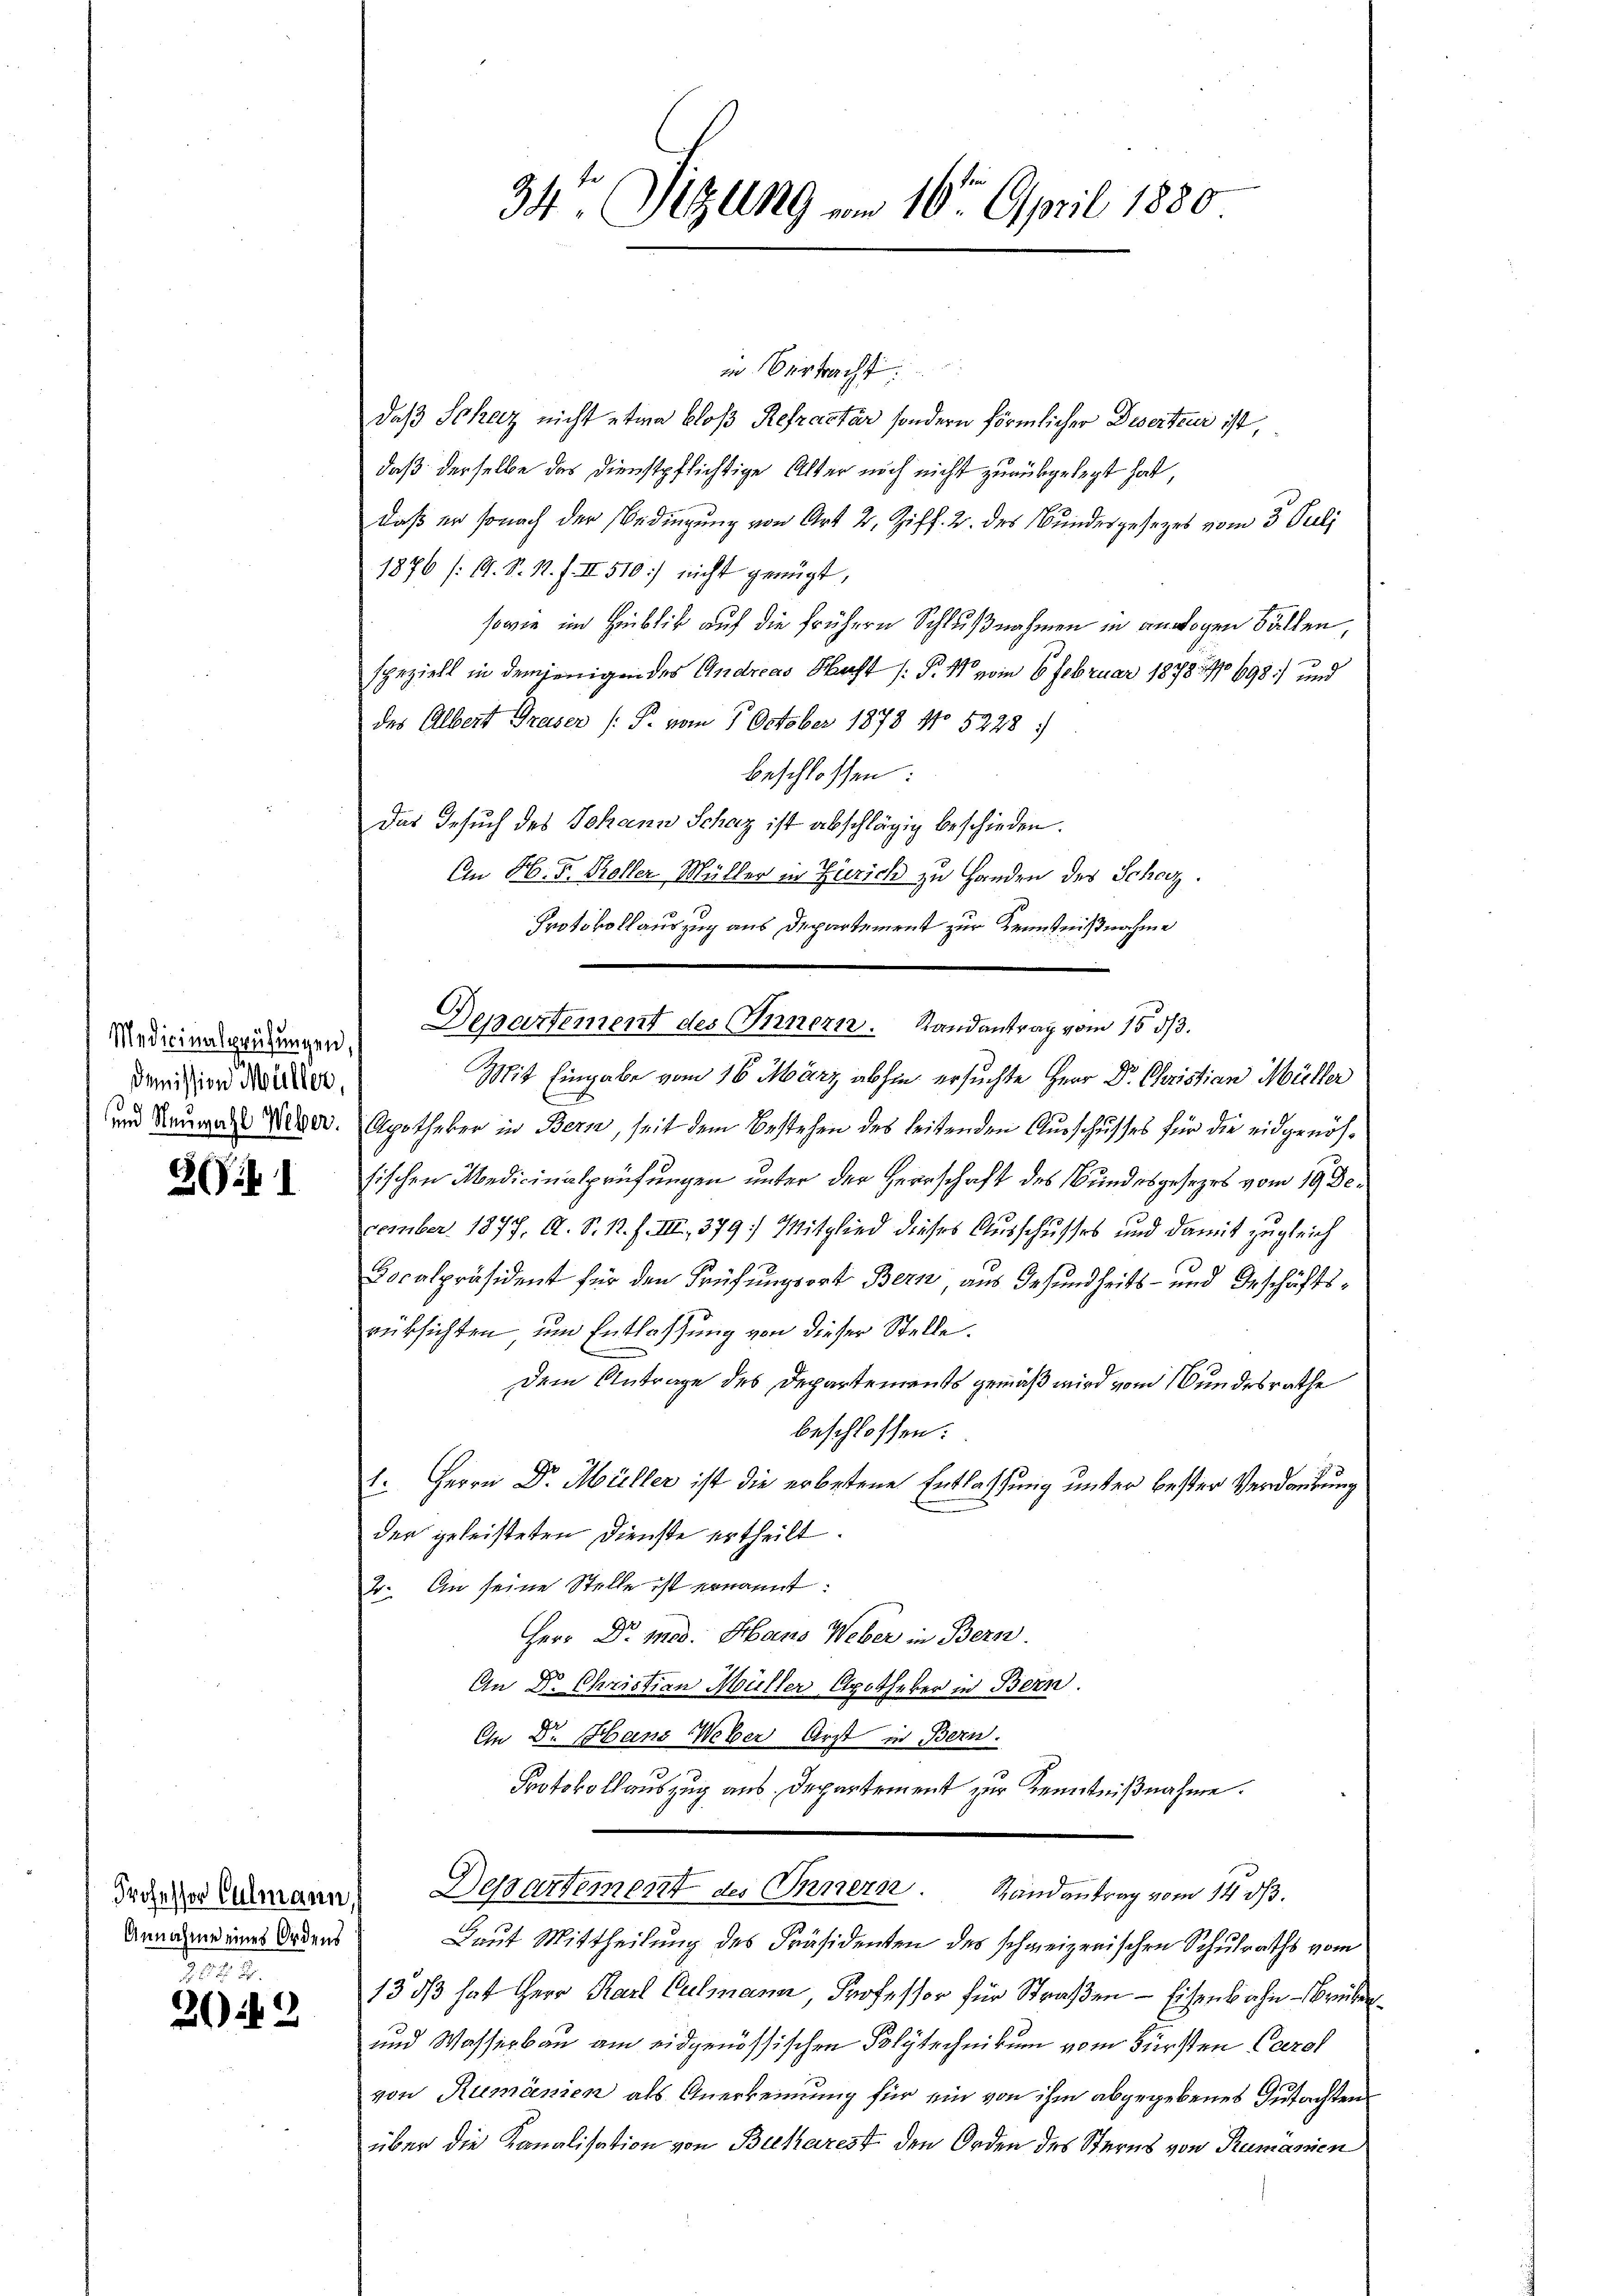
Medicinalprüfungen
Demission Müller,
und Neuwahl Weber.

21

Professor Culmann
Annahme eines Ordens

303.
20 n 2

w. Verbracht
daß Schaz nicht etwa bloß Refractur sondern förmlicher Deserteur ist,
daß derselbe das Dienstpflichtige Alter noch nicht zurückgelegt hat,
daß er sonach der Bedingung von Art 2, Ziff. 2. des Bundesgesetzes vom 3. Juli
1876 /19. S. N. F. II 510 nicht genügt,
sowie im Hinblick auf die frühern Schlußnahmen in anwogen Fällen,
speziell in demjenigen des Andreas Nacht (§. 11 vom 6. Februar 1878, No 698 und
des Albert Greser (: P. vom 7. October 1878 No 5228)
beschlossen:
Das Gesuch des Johann Schaz ist abschlägig beschieden.
An H. F. Koller Müller in Zürich zu Handen des Schaz.
Protokollauszug aus Departement zur Kenntnißnahme
Mit Eingabe vom 16. März abhin ersuchte Herr Dr. Christian Müller
Apotheker in Bern, seit dem Bestehen des leitenden Ausschusses für die eidgenössischen Medicinalprüfungen unter der Herrschaft des Bundesgesezes vom 19. Dezember. 1877, A. S. 1. f. III., 379) Mitglied dieses Ausschusses und damit zugleich
Docalpräsident für den Prüfungsort Bern, aus Gesundheits- und Geschäftsrüksichten und Entlassung von dieser Stelle.
Dem Antrage des Departements gemäß wird vom Bundesrathe
beschlossen:
1. Herrn Dr. Müller ist die erbetene Entlassung unter bester Verdankung
der geleisteten Dienste ertheilt.
2. An seine Stelle ist ernannt:
Herr Dr. Med. Hans Weber in Bern.
An Dr. Christian Müller Apotheker in Bern.
On Dr. Hans Weber Arzt in Bern.

Protokollauszug aus Departement zur Kenntnißnahme.
Departement des Innern.
Randantrag vom 14. ds.
Laut Mittheilung des Präsidenten des schweizerischen Schulraths vom
13 dß hat Herr Karl Culmann Professor für Straßen — Eisenbahn-Breben
und Wasserbau am eidgenössischen Polytechnikum vom Fürsten Carol
von Rumänien als Anerkennung für ein von ihm abgegebenes Gutachten
über die Kanalisation von Bucharest den Orden des Sterns von Rumänien

34te Sizung vom 16t April 1880

Departement des Innern. Randantrag vom 15. d.